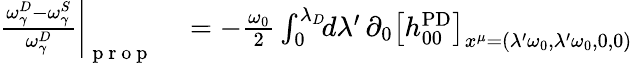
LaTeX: \begin{array}{rl}{\frac{\omega_{\gamma}^{D}-\omega_{\gamma}^{S}}{\omega_{\gamma}^{D}}\bigg|_{\mathrm{~p~r~o~p~}}}&{{}=-\frac{\omega_{0}}{2}\int_{0}^{\lambda_{D}}\! \! d\lambda^{\prime}\, \partial_{0}\big[h_{00}^{\mathrm{PD}}\big]_{x^{\mu}=(\lambda^{\prime}\omega_{0},\lambda^{\prime}\omega_{0},0,0)}}\end{array}